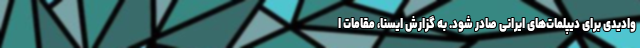
وادیدی برای دیپلمات‌های ایرانی صادر شود. به گزارش ایسنا، مقامات ا